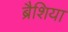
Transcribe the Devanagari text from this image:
ब्रैशिया